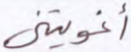
أغويتني